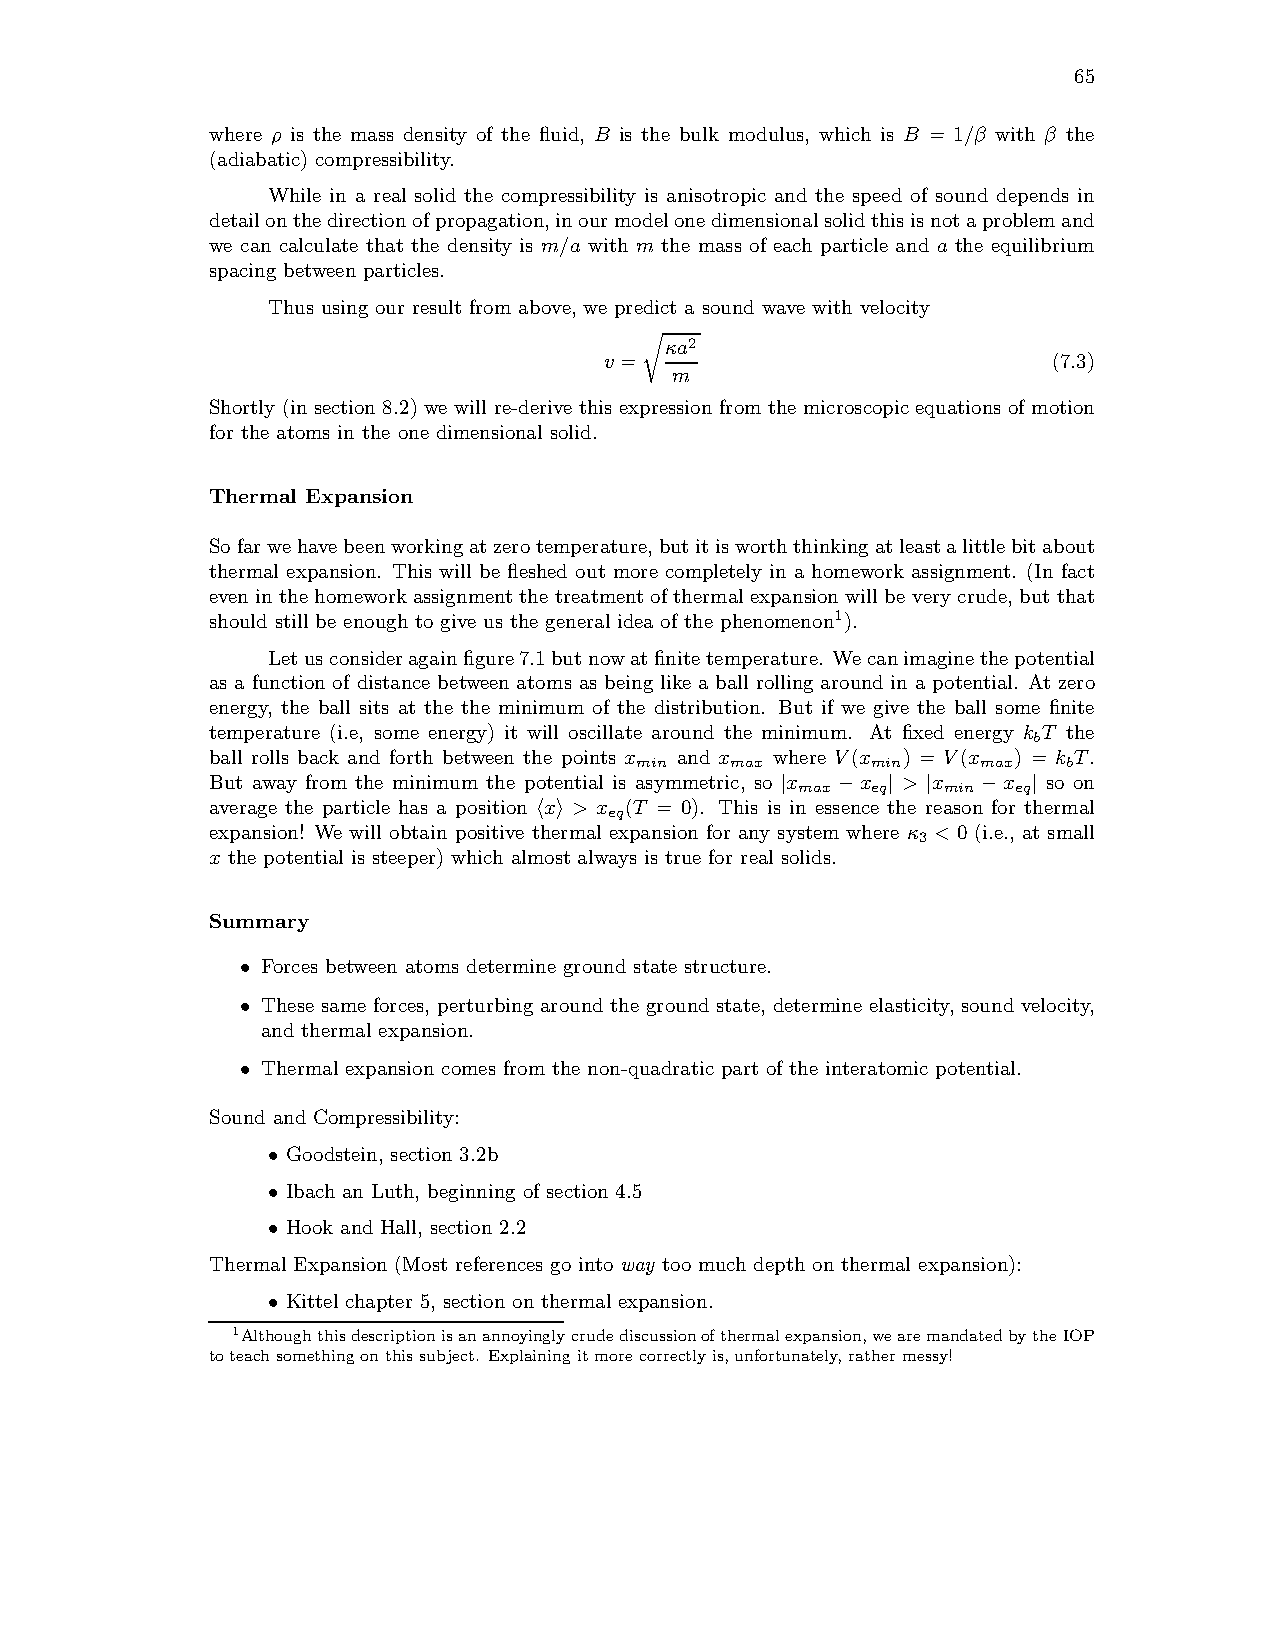
65
 where ρ is the mass density of the fluid, B is the bulk modulus, which is B = 1/β with β the
 (adiabatic) compressibility.
 While in a real solid the compressibility is anisotropic and the speed of sound depends in
 detailonthedirectionofpropagation,inourmodelonedimensionalsolidthisisnotaproblemand
 we can calculate that the density is m/a with m the mass of each particle and a the equilibrium
 spacing between particles.
 Thus using our result from above, we predict a sound wave with velocity
 κa2
 v =                           (7.3)
 m
 r
 Shortly (in section 8.2) we will re-derive this expression from the microscopic equations of motion
 for the atoms in the one dimensional solid.
 Thermal Expansion
 Sofarwehavebeenworkingatzerotemperature,butitisworththinkingatleastalittlebitabout
 thermal expansion. This will be fleshed out more completely in a homework assignment. (In fact
 evenin the homeworkassignmentthe treatmentofthermalexpansionwillbe verycrude,but that
 should still be enough to give us the general idea of the phenomenon1).
 Letusconsideragainfigure7.1butnowatfinitetemperature. Wecanimaginethepotential
 as a function of distance between atoms as being like a ball rolling around in a potential. At zero
 energy, the ball sits at the the minimum of the distribution. But if we give the ball some finite
 temperature (i.e, some energy) it will oscillate around the minimum. At fixed energy k T the
 b
 ball rolls back and forth between the points x and x where V(x ) = V(x ) = k T.
 min   max       min    max   b
 But away from the minimum the potential is asymmetric, so x x > x x so on
 max  eq  min  eq
 |  −   | |   −  |
 average the particle has a position x > x (T = 0). This is in essence the reason for thermal
 eq
 h i
 expansion! We will obtain positive thermal expansion for any system where κ < 0 (i.e., at small
 3
 x the potential is steeper) which almost always is true for real solids.
 Summary
 Forces between atoms determine ground state structure.
 •
 These same forces, perturbing around the ground state, determine elasticity, sound velocity,
 •
 and thermal expansion.
 Thermal expansion comes from the non-quadratic part of the interatomic potential.
 •
 Sound and Compressibility:
 Goodstein, section 3.2b
 •
 Ibach an Luth, beginning of section 4.5
 •
 Hook and Hall, section 2.2
 •
 Thermal Expansion (Most references go into way too much depth on thermal expansion):
 Kittel chapter 5, section on thermal expansion.
 •
 1Althoughthisdescriptionisanannoyinglycrudediscussionofthermalexpansion,wearemandatedbytheIOP
 toteach somethingonthissubject. Explainingitmorecorrectlyis,unfortunately, rathermessy!